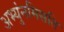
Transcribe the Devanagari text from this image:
अभ्युंनमिसति